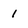
Character: 1